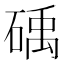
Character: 𮵖